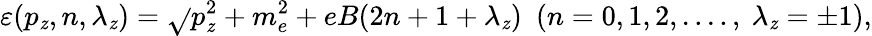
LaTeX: \varepsilon(p_{\mathit{z}},n,\lambda_{\mathit{z}})=\sqrt{}{{p_{\mathit{z}}^{2}+m_{e}^{2}+eB(2n+1+\lambda_{\mathit{z}})}}\ \ (n=0,1,2,....,\ \lambda_{\mathit{z}}=\pm1),